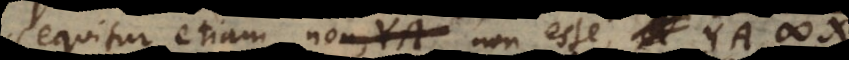
sequitur etiam XB non, YA non esse, A YA # XB